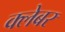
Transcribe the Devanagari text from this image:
क्लेबर